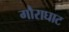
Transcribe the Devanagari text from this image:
गौराघाट